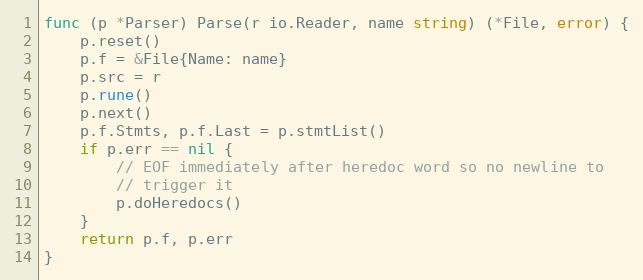
Language: Go
func (p *Parser) Parse(r io.Reader, name string) (*File, error) {
	p.reset()
	p.f = &File{Name: name}
	p.src = r
	p.rune()
	p.next()
	p.f.Stmts, p.f.Last = p.stmtList()
	if p.err == nil {
		// EOF immediately after heredoc word so no newline to
		// trigger it
		p.doHeredocs()
	}
	return p.f, p.err
}